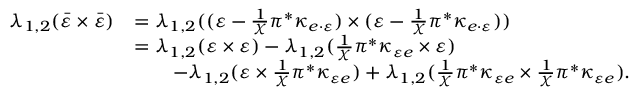
\begin{array} { r l } { \lambda _ { 1 , 2 } ( \bar { \varepsilon } \times \bar { \varepsilon } ) } & { = \lambda _ { 1 , 2 } ( ( \varepsilon - \frac { 1 } { \chi } \pi ^ { * } \kappa _ { e \cdot \varepsilon } ) \times ( \varepsilon - \frac { 1 } { \chi } \pi ^ { * } \kappa _ { e \cdot \varepsilon } ) ) } \\ & { = \lambda _ { 1 , 2 } ( \varepsilon \times \varepsilon ) - \lambda _ { 1 , 2 } ( \frac { 1 } { \chi } \pi ^ { * } \kappa _ { \varepsilon e } \times \varepsilon ) } \\ & { \quad \quad - \lambda _ { 1 , 2 } ( \varepsilon \times \frac { 1 } { \chi } \pi ^ { * } \kappa _ { \varepsilon e } ) + \lambda _ { 1 , 2 } ( \frac { 1 } { \chi } \pi ^ { * } \kappa _ { \varepsilon e } \times \frac { 1 } { \chi } \pi ^ { * } \kappa _ { \varepsilon e } ) . } \end{array}